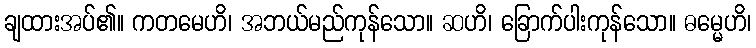
ချထားအပ်၏။ ကတမေဟိ၊ အဘယ်မည်ကုန်သော။ ဆဟိ၊ ခြောက်ပါးကုန်သော။ ဓမ္မေဟိ၊